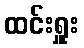
ထင်းရှူး